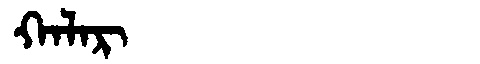
Manchu: ᡴᠠᠯᠠᡵ
Romanization: KALAR